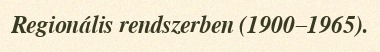
Regionális rendszerben (1900–1965).